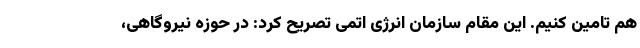
هم تامین کنیم. این مقام سازمان انرژی اتمی تصریح کرد: در حوزه نیروگاهی،